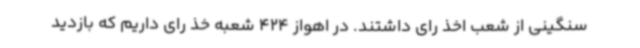
سنگینی از شعب اخذ رای داشتند. در اهواز 424 شعبه خذ رای داریم که بازدید